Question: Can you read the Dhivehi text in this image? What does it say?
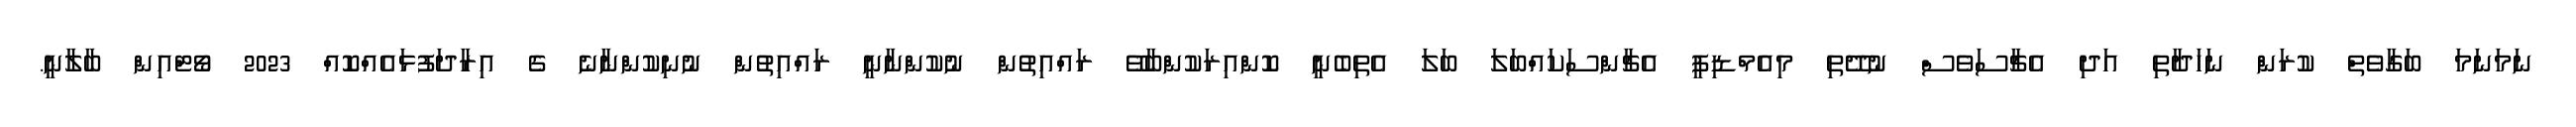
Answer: ނަމަނަމަ ބަގާވެތް ކުރަން ނަހަދާތި އަދި އެޗާސަވެސް ނުދޭތި މިއެމްޑިޕީ އެޗާންސަކައްބަލަ ބަލަ އެތިބެނީ ކޮންއިރަކުންބާވޭ ރައްއިތުން ނުކުންނާނީ ރައްއިތުން ނުނިކުންނާނެ ގެ އިރާދަފުޅައެއްކޮއް 2023 ވޯޓްއިން ބާލާނީ.